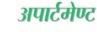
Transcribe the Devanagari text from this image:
अपार्टमेण्ट